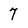
Character: 7